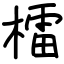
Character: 檑